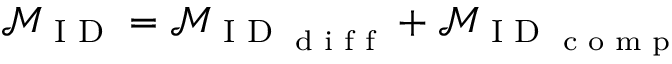
\mathcal { M } _ { \textrm { I D } } = \mathcal { M } _ { \textrm { I D } _ { \textrm { d i f f } } } + \mathcal { M } _ { \textrm { I D } _ { \textrm { c o m p } } }